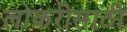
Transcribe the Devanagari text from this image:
लोकरीसाठी